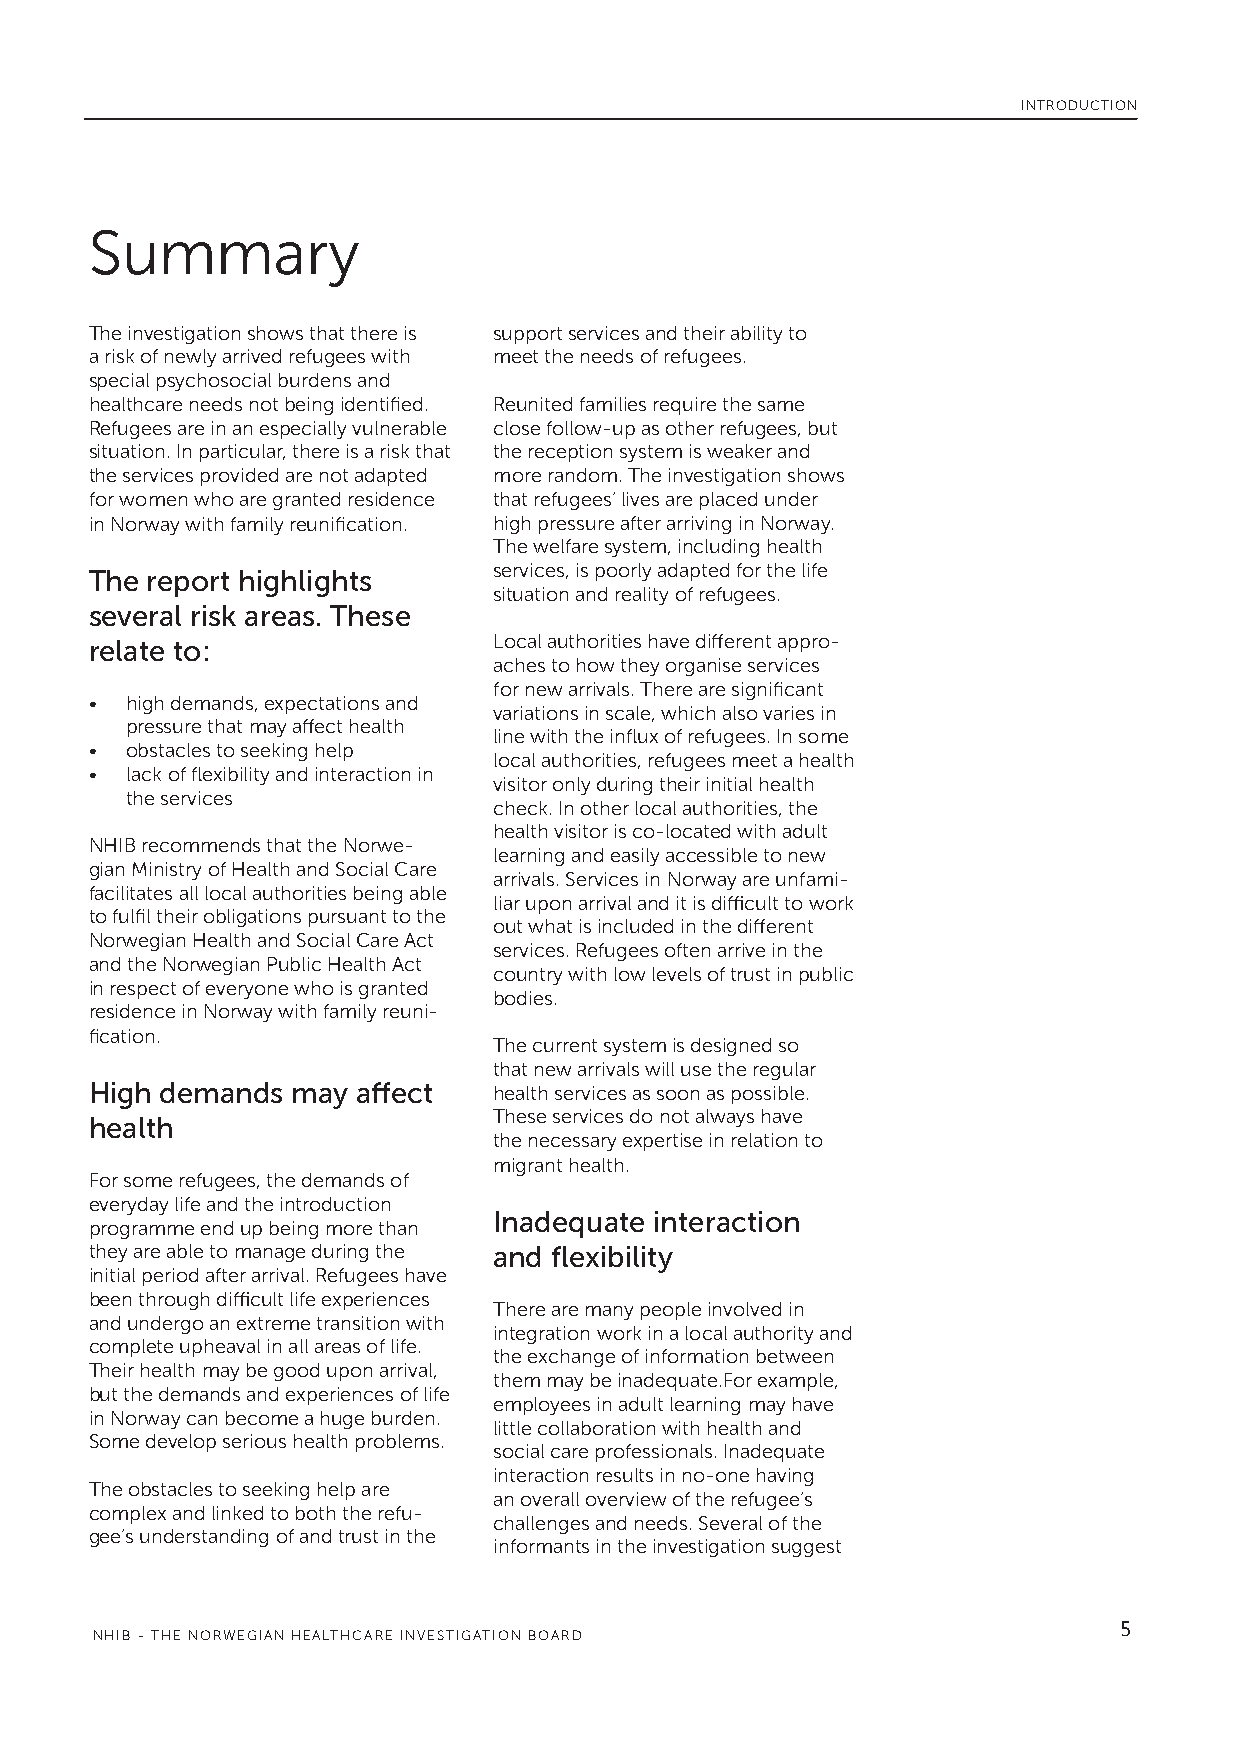
INTRODUCTION
 Summary
 The investigation shows that there is support services and their ability to
 a risk of newly arrived refugees with meet the needs of refugees.
 special psychosocial burdens and
 healthcare needs not being identified. Reunited families require the same
 Refugees are in an especially vulnerable close follow-up as other refugees, but
 situation. In particular, there is a risk that the reception system is weaker and
 the services provided are not adapted more random. The investigation shows
 for women who are granted residence that refugees’ lives are placed under
 in Norway with family reunification. high pressure after arriving in Norway.
 The welfare system, including health
 services, is poorly adapted for the life
 The report highlights
 situation and reality of refugees.
 several risk areas. These
 relate to:                 Local authorities have different appro-
 aches to how they organise services
 for new arrivals. There are significant
 • high demands, expectations and
 variations in scale, which also varies in
 pressure that may affect health
 line with the influx of refugees. In some
 • obstacles to seeking help
 local authorities, refugees meet a health
 • lack of flexibility and interaction in
 visitor only during their initial health
 the services
 check. In other local authorities, the
 health visitor is co-located with adult
 NHIB recommends that the Norwe-
 learning and easily accessible to new
 gian Ministry of Health and Social Care
 arrivals. Services in Norway are unfami-
 facilitates all local authorities being able
 liar upon arrival and it is difficult to work
 to fulfil their obligations pursuant to the
 out what is included in the different
 Norwegian Health and Social Care Act
 services. Refugees often arrive in the
 and the Norwegian Public Health Act
 country with low levels of trust in public
 in respect of everyone who is granted
 bodies.
 residence in Norway with family reuni-
 fication.
 The current system is designed so
 that new arrivals will use the regular
 High demands may  affect   health services as soon as possible.
 These services do not always have
 health
 the necessary expertise in relation to
 migrant health.
 For some refugees, the demands of
 everyday life and the introduction
 Inadequate interaction
 programme end up being more than
 they are able to manage during the and flexibility
 initial period after arrival. Refugees have
 been through difficult life experiences
 There are many people involved in
 and undergo an extreme transition with
 integration work in a local authority and
 complete upheaval in all areas of life.
 the exchange of information between
 Their health may be good upon arrival,
 them may be inadequate.For example,
 but the demands and experiences of life
 employees in adult learning may have
 in Norway can become a huge burden.
 little collaboration with health and
 Some develop serious health problems.
 social care professionals. Inadequate
 interaction results in no-one having
 The obstacles to seeking help are
 an overall overview of the refugee’s
 complex and linked to both the refu-
 challenges and needs. Several of the
 gee’s understanding of and trust in the
 informants in the investigation suggest
 5
 NHIB - THE NORWEGIAN HEALTHCARE INVESTIGATION BOARD